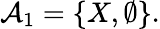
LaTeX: {\mathcal{A}}_{1}=\{ X,\emptyset\} .